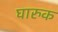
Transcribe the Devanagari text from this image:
घारुक